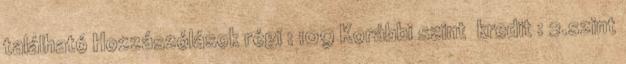
található Hozzászólások régi : 109 Korábbi szint kredit : 2.szint